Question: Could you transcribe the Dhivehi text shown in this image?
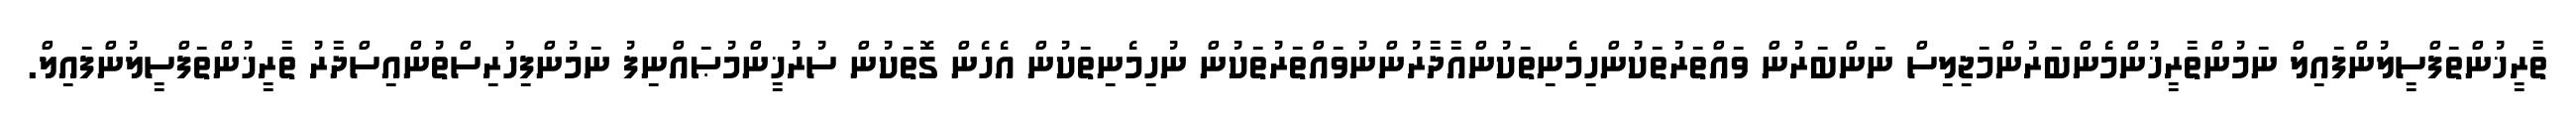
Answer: ތާރީޚުންތަފްސީލުންފައިލް ނަމުންތާރީޚުންމެންބަރުންމަޖިލިސް ނަންބަރުން ވައްތަރުތަކުންހިމެނިތަކުންއާދާރުންނުވައްތަރުތަކުން ނުހިމެނިތަކުން އެހެން ގޮތަކުން ސުރުޚީންމުޞައްނިފު ނަމުންފިހުރިސްތުންއިސްދާރު ތާރީޚުންތަފްސީލުންފައިލް.